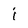
Character: i